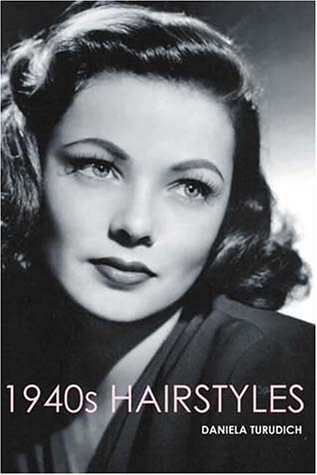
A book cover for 1940s Hairstyles; Daniela Turudich; Health, Fitness & Dieting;